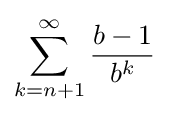
\sum _{k=n+1}^{\infty }{\frac {b-1}{b^{k}}}